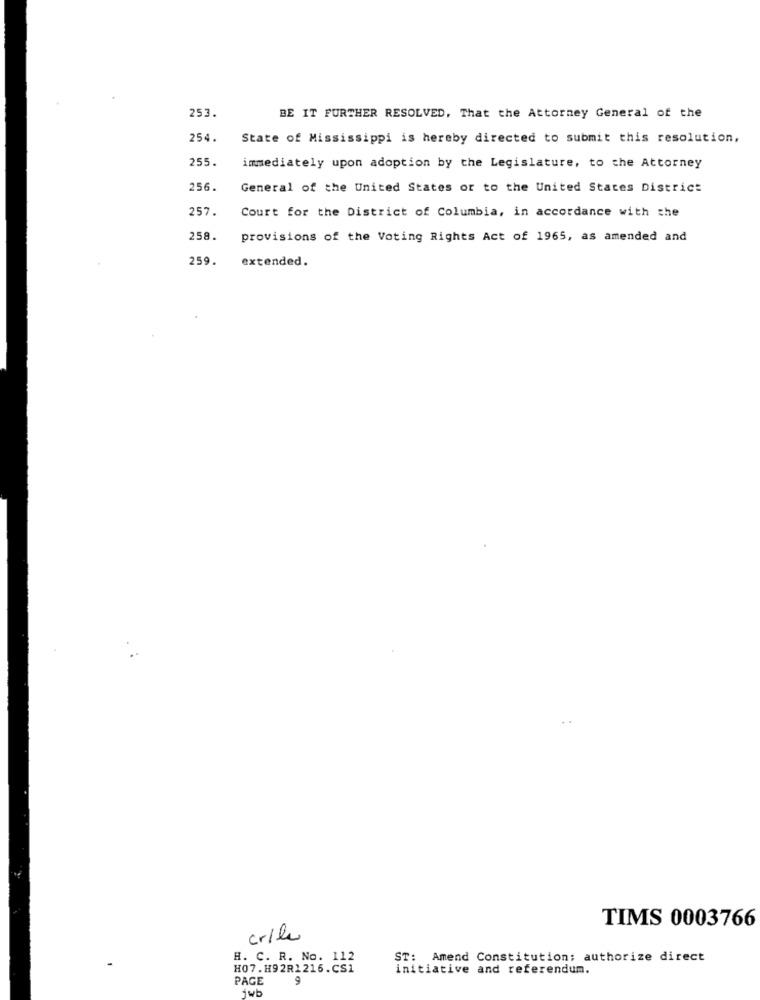
253.
BE IT FURTHER RESOLVED, That the Attorney General of the
254.
State of Mississippi is hereby directed to submit this resolution,
255.
immediately upon adoption by the Legislature, to the Attorney
256.
General of the United States or to the United States District
257.
Court for the District of Columbia, in accordance with the
258.
provisions of the Voting Rights Act of 1965, as amended and
259.
extended.
TIMS 0003766
crile
H. C. R. No.
ST: Amend Constitution; authorize direct
H07.H92R1216.CS1
initiative and referendum.
PAGE
9